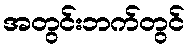
အတွင်းဘက်တွင်